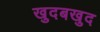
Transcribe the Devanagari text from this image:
खुदबखुद